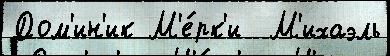
Дом'ин'ик М'е́рк'и  М'ихаэль